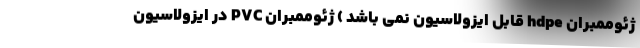
ژئوممبران hdpe قابل ایزولاسیون نمی باشد ) ژئوممبران PVC در ایزولاسیون